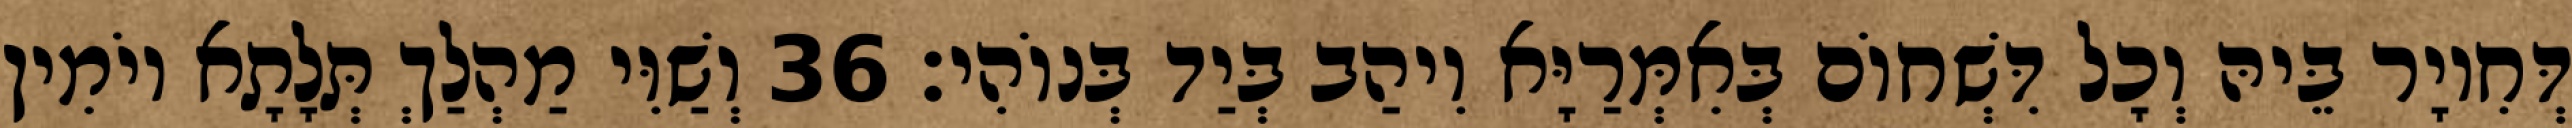
דְּחִיוָר בֵּיהּ וְכָל דִּשְׁחוֹם בְּאִמְּרַיָּא וִיהַב בְּיַד בְּנוֹהִי׃ 36 וְשַׁוִּי מַהְלַךְ תְּלָתָא יוֹמִין